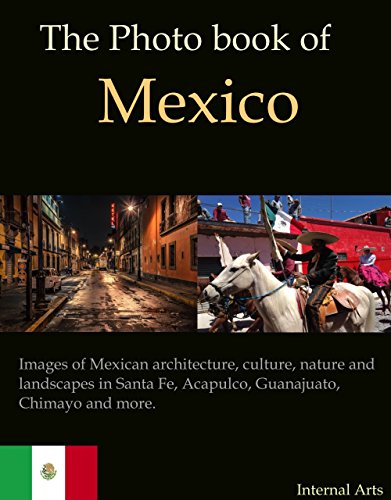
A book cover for The Photo Book of Mexico. Images of Mexican architecture, culture, nature, landscapes in Santa Fe, Acapulco, Guanajuato, Chimayo and more. (Photo Books 41); Digital Photo Books; Travel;